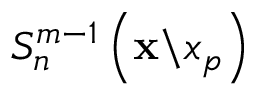
S _ { n } ^ { m - 1 } \left( \mathbf { x } \backslash x _ { p } \right)